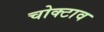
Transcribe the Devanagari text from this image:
चोक्टाव